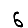
Digit: 6